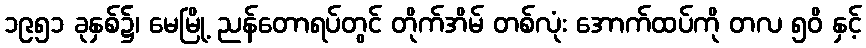
၁၉၅၁ ခုနှစ်၌၊ မေမြို့ ညန်တောရပ်တွင် တိုက်အိမ် တစ်လုံး အောက်ထပ်ကို တလ ၅၀ိ နှင့်